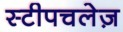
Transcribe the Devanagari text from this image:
स्टीपचलेज़